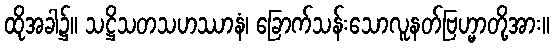
ထိုအခါ၌။ သဋ္ဌိသတသဟဿာနံ၊ ခြောက်သန်းသောလူနတ်ဗြဟ္မာတို့အား။